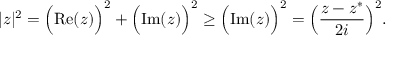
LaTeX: | z | ^ { 2 } = { \Big ( } { \mathrm { R e } } ( z ) { \Big ) } ^ { 2 } + { \Big ( } { \mathrm { I m } } ( z ) { \Big ) } ^ { 2 } \geq { \Big ( } { \mathrm { I m } } ( z ) { \Big ) } ^ { 2 } = { \Big ( } { \frac { z - z ^ { \ast } } { 2 i } } { \Big ) } ^ { 2 } .